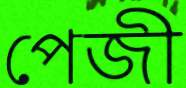
পেজী